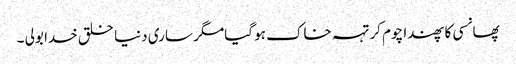
پھانسی کا پھندا چوم کر تہہ خاک ہو گیامگر ساری دنیا خلق خدا بولی ۔